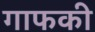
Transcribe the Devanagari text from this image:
गाफकी